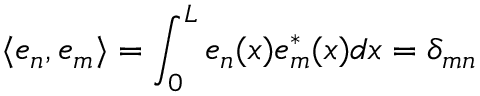
\langle e _ { n } , e _ { m } \rangle = \int _ { 0 } ^ { L } e _ { n } ( x ) e _ { m } ^ { * } ( x ) d x = \delta _ { m n }